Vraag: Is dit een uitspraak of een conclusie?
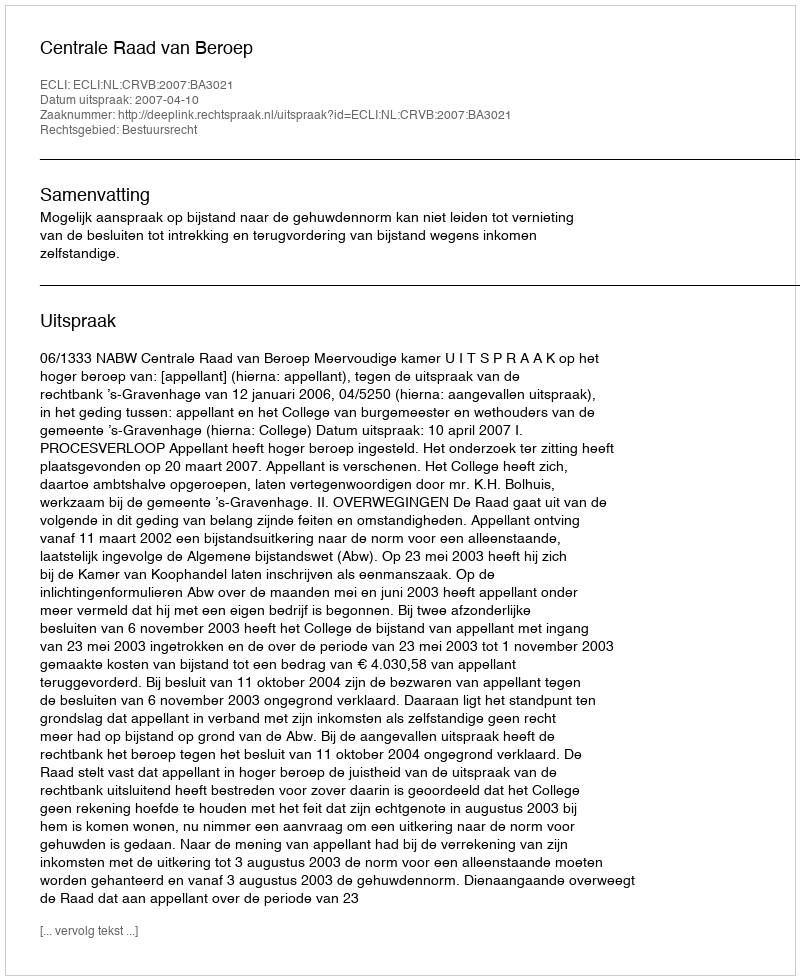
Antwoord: Uitspraak